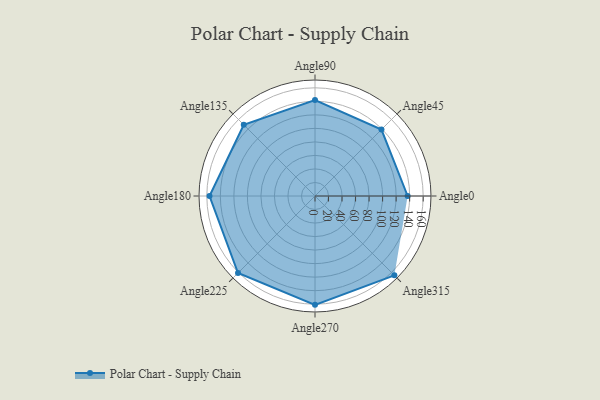
{"axis": {"x": "Angle", "y": "Radius"}, "legend": [""], "data": [{"x": "Angle0", "y": 137.0, "type": ""}, {"x": "Angle45", "y": 139.0, "type": ""}, {"x": "Angle90", "y": 142.0, "type": ""}, {"x": "Angle135", "y": 149.0, "type": ""}, {"x": "Angle180", "y": 156.0, "type": ""}, {"x": "Angle225", "y": 161.0, "type": ""}, {"x": "Angle270", "y": 161.0, "type": ""}, {"x": "Angle315", "y": 166.0, "type": ""}]}